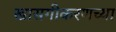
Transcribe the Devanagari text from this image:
खासगीकरणच्या